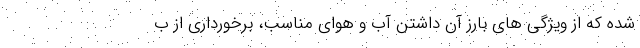
شده که از ویژگی های بارز آن داشتن آب و هوای مناسب، برخورداری از ب